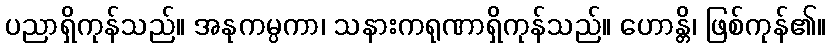
ပညာရှိကုန်သည်။ အနုကမ္ပကာ၊ သနားကရုဏာရှိကုန်သည်။ ဟောန္တိ၊ ဖြစ်ကုန်၏။